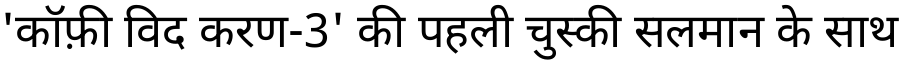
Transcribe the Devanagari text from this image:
'कॉफ़ी विद करण-3' की पहली चुस्की सलमान के साथ